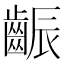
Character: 𪘝